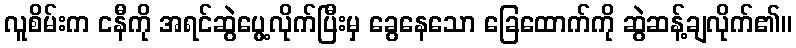
လူစိမ်းက ငနီကို အရင်ဆွဲပွေ့လိုက်ပြီးမှ ခွေနေသော ခြေထောက်ကို ဆွဲဆန့်ချလိုက်၏။